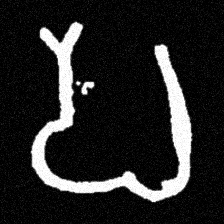
Pyu character \u2014 Myanmar letter: ပ (romanized: pa)